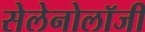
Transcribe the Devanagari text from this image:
सेलेनोलॉजी